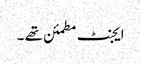
ایجنٹ مطمئن تھے ۔